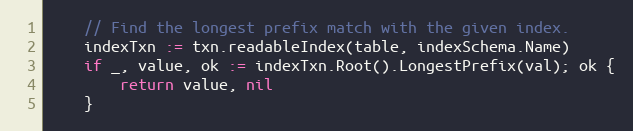
Language: Go
	// Find the longest prefix match with the given index.
	indexTxn := txn.readableIndex(table, indexSchema.Name)
	if _, value, ok := indexTxn.Root().LongestPrefix(val); ok {
		return value, nil
	}